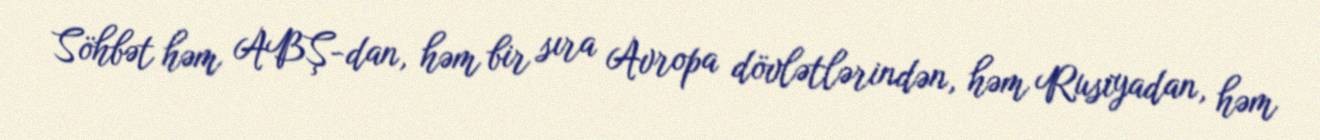
Söhbət həm ABŞ-dan, həm bir sıra Avropa dövlətlərindən, həm Rusiyadan, həm